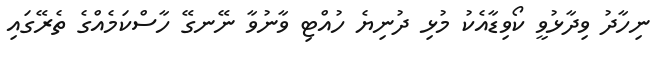
ނިހާދު ވިދާޅުވީ ކޯވިޑާއެކު މުޅި ދުނިޔެ ހުއްޓި ވާނުވާ ނޭނގޭ ހާސްކަމެއްގެ ތެރޭގައި